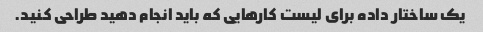
یک ساختار داده برای لیست کارهایی که باید انجام دهید طراحی کنید.